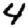
Digit: 4